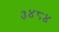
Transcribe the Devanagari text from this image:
३४८४